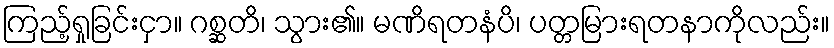
ကြည့်ရှုခြင်းငှာ။ ဂစ္ဆတိ၊ သွား၏။ မဏိရတနံပိ၊ ပတ္တမြားရတနာကိုလည်း။